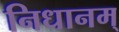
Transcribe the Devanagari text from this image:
निधानम्